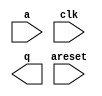

module fp_converter48_arria10 (
	a,
	areset,
	clk,
	q);	

	input	[47:0]	a;
	input		areset;
	input		clk;
	output	[31:0]	q;
endmodule